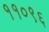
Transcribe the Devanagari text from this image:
११०९६